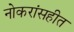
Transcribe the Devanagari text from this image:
नोकरांसहीत